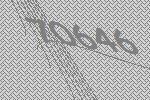
70646